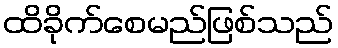
ထိခိုက်စေမည်ဖြစ်သည်